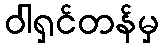
ဝါရှင်တန်မှ